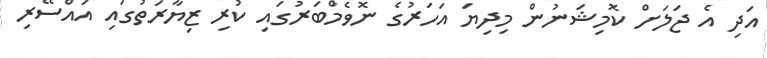
އަދި އެ ޖަލަށް ކޮމިޝަނުން މިދިޔަ އަހަރުގެ ނޮވެމްބަރުގައި ކުރި ޒިޔާރަތުގައި އައްސޭރި